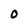
Character: O